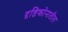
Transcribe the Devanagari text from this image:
दृष्टिकोनातील